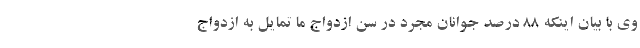
وی با بیان اینکه ۸۸ درصد جوانان مجردِ در سن ازدواج ما تمایل به ازدواج